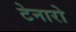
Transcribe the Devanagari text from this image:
टेनारो